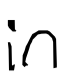
Text: in
Cross-out: clean
Writing tool: digital_black